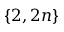
\left\{ 2 , 2 n \right\}